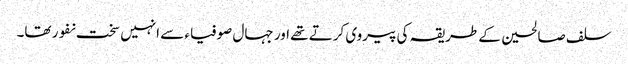
سلف صالحین کے طریقہ کی پیروی کرتے تھے اور جہال صوفیاء سے انہیں سخت نفور تھا۔